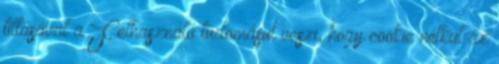
tiltásával a Felhasználó tudomásul veszi, hogy cookie nélkül az